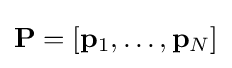
\mathbf {P} =[\mathbf {p} _{1},\ldots ,\mathbf {p} _{N}]